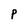
Character: P